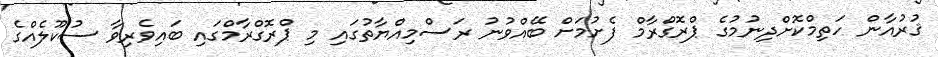
ޤުރުއާން ހަތިމްކޮށްދިނުމުގެ ޕްރޮގްރާމް ފެށުމަށް ބޭއްވުނު ރަސްމިއްޔާތުގައި މި ޕްރޮގްރާމްގައި ބައިވެރިވާ ސުކޫލެއްގެ